Papers set at the Examination for Leaving Certificates, 1889
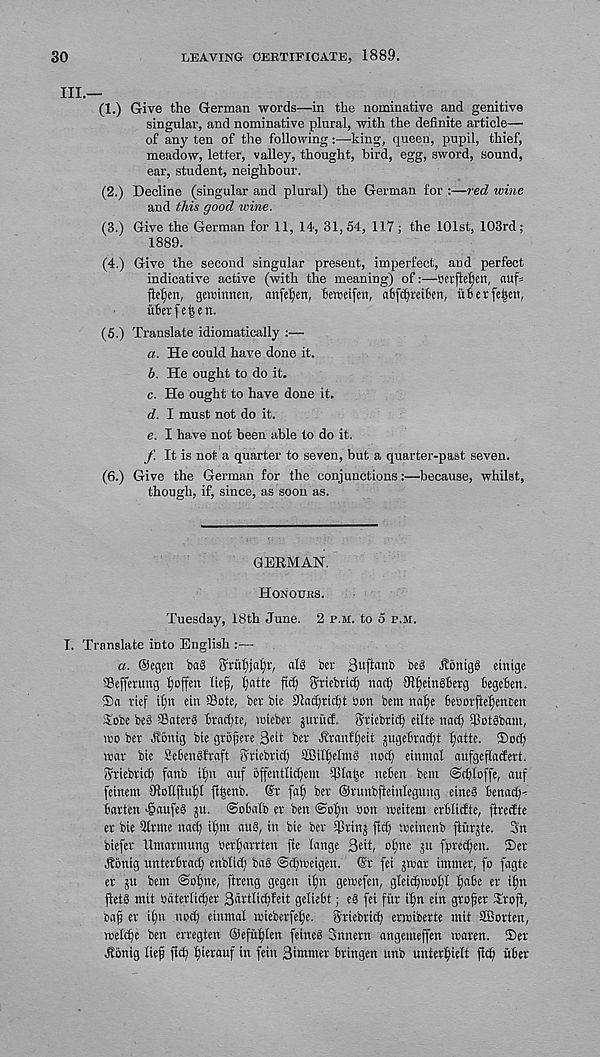
30
LEAVING CERTIFICATE, 1889.
III.—
(1.) Give the German words—in the nominative and genitive
singular, and nominative plural, with the definite article—
of any ten of the following :—king, queen, pupil, thief,
meadow, letter, valley, thought, bird, egg, sword, sound,
ear, student, neighbour.
(2.) Decline (singular and plural) the German for :—red wine
and this good wine.
(3.) Give the German for 11, l*!, 31,54, 117; the 101st, 103rd;
1889.
(4.) Give the second singular present, imperfect, and perfect
indicative active (with the meaning) of:—Berfiefjcit, nufs
fiefen, geminnen, nnfeljen, bemtfen, a6fd)m6en, u6crfe|cit,
uberfe^en.
(5.) Translate idiomatically ;—
a. He could have done it.
b. He ought to do it.
c. He ought to have done it.
d. I must not do it.
e. I have not been able to do it.
f. It is not a quarter to seven, but a quarter-past seven.
(6.) Give the German for the conjunctions:—because, whilst,
though, if, since, as soon as.
GERMAN.
HONOURS.
Tuesday, 18th June. 2 JP.M. to 5 P.M.
I. Translate into English :—-
a. Oegen bag 5rul)jg|r, al§ ber Suftcmb beS Honigg einige
SBeffetung tjoffen lief, Ijatte fief ffriebtid) nacf {RfeitRBetg fcegefen.
®ci rief itm ein SBote, ber bie ffiaefrieft bon bem nafe fieborftefencen
Sobe beS ©ater3 tract)te, voieber juritef. Sriebrid) e iite nad) t)3otgbam,
wo ber .ftdnig bie grofere 3«it bet Jfranffeit jugefiraeft fatte. ®od)
war bie SetenSfraft griebrict) ffiilfetmg nod) einntal aufgeftadert.
Sriebrid fanb ifn auf bffentlibfent $ta|e nefen bem ©cfloffe, auf
fetnem Jiollftufi fl|enb. @r faf ber ©runbfteintegitng eine§ Benad)'
fiarten 'Saufe® 511. ©oba'tb er ben <Sofn bon weitem erblicfte, ftredte
er bie 9Itmc nad) it)m au8, in bie ber iptins ftd) weinenb fturste. 3n
biefer llmarmung berfarrten fie tange Beit/ o£)ne ju fpretfen. ®er
^onig unterbrad) enbtii^ bag ©cfweigen. @r fei jwar immer, fo fagte
er 5U bem @ot)ne, ftreng gegen tfn gewefen, gteicfwoft fa6e er ifn
jlet§ mit bdtertiefer 3drttid)feit geliett; eg fei fur ifn ein grofer Trofi,
oaf er ifn nocf einmat wieberfefe. Sriebrid) erwiberte mit SBorten,
welcfe ben erregten ©efuflen feineg Snnern angemeffen waren. ®er
Jlonig lief fief fierauf in fein Binrmer bringen unb unter'fielt fid) fiber